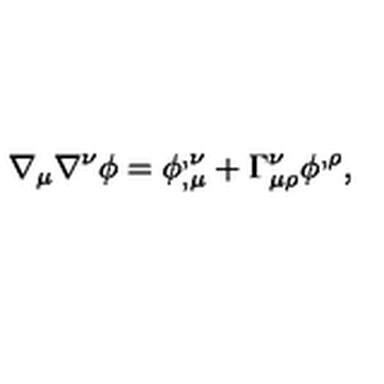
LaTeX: \nabla _ { \mu } \nabla ^ { \nu } \phi = \phi _ { , \mu } ^ { , \nu } + \Gamma _ { \mu \rho } ^ { \nu } \phi ^ { , \rho } ,